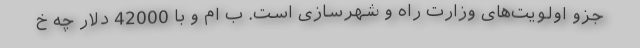
جزو اولویت‌های وزارت راه و شهرسازی است. ب ام و با 42000 دلار چه خ